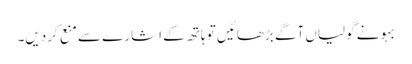
بہو نے گولیاں آگے بڑھائیں تو ہاتھ کے اشارے سے منع کردیں۔